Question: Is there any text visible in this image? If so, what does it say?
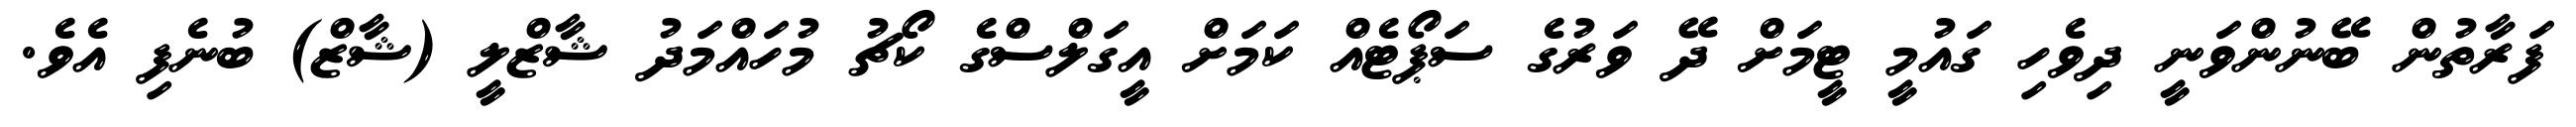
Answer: ފަރާތުން ބޭނުންވަނީ ދިވެހި ގައުމީ ޓީމަށް ދޭ ވަރުގެ ސަޕޯޓެއް ކަމަށް އީގަލްސްގެ ކޯޗު މުހައްމަދު ޝާޒްލީ (ޝާޒް) ބުނެފި އެވެ.